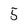
Character: 5